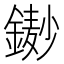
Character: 𨫺